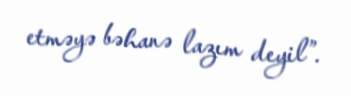
etməyə bəhanə lazım deyil”.